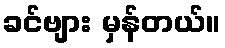
ခင်ဗျား မှန်တယ်။